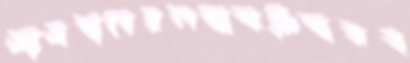
আসবাবেরলম্বাঝরিবারহ